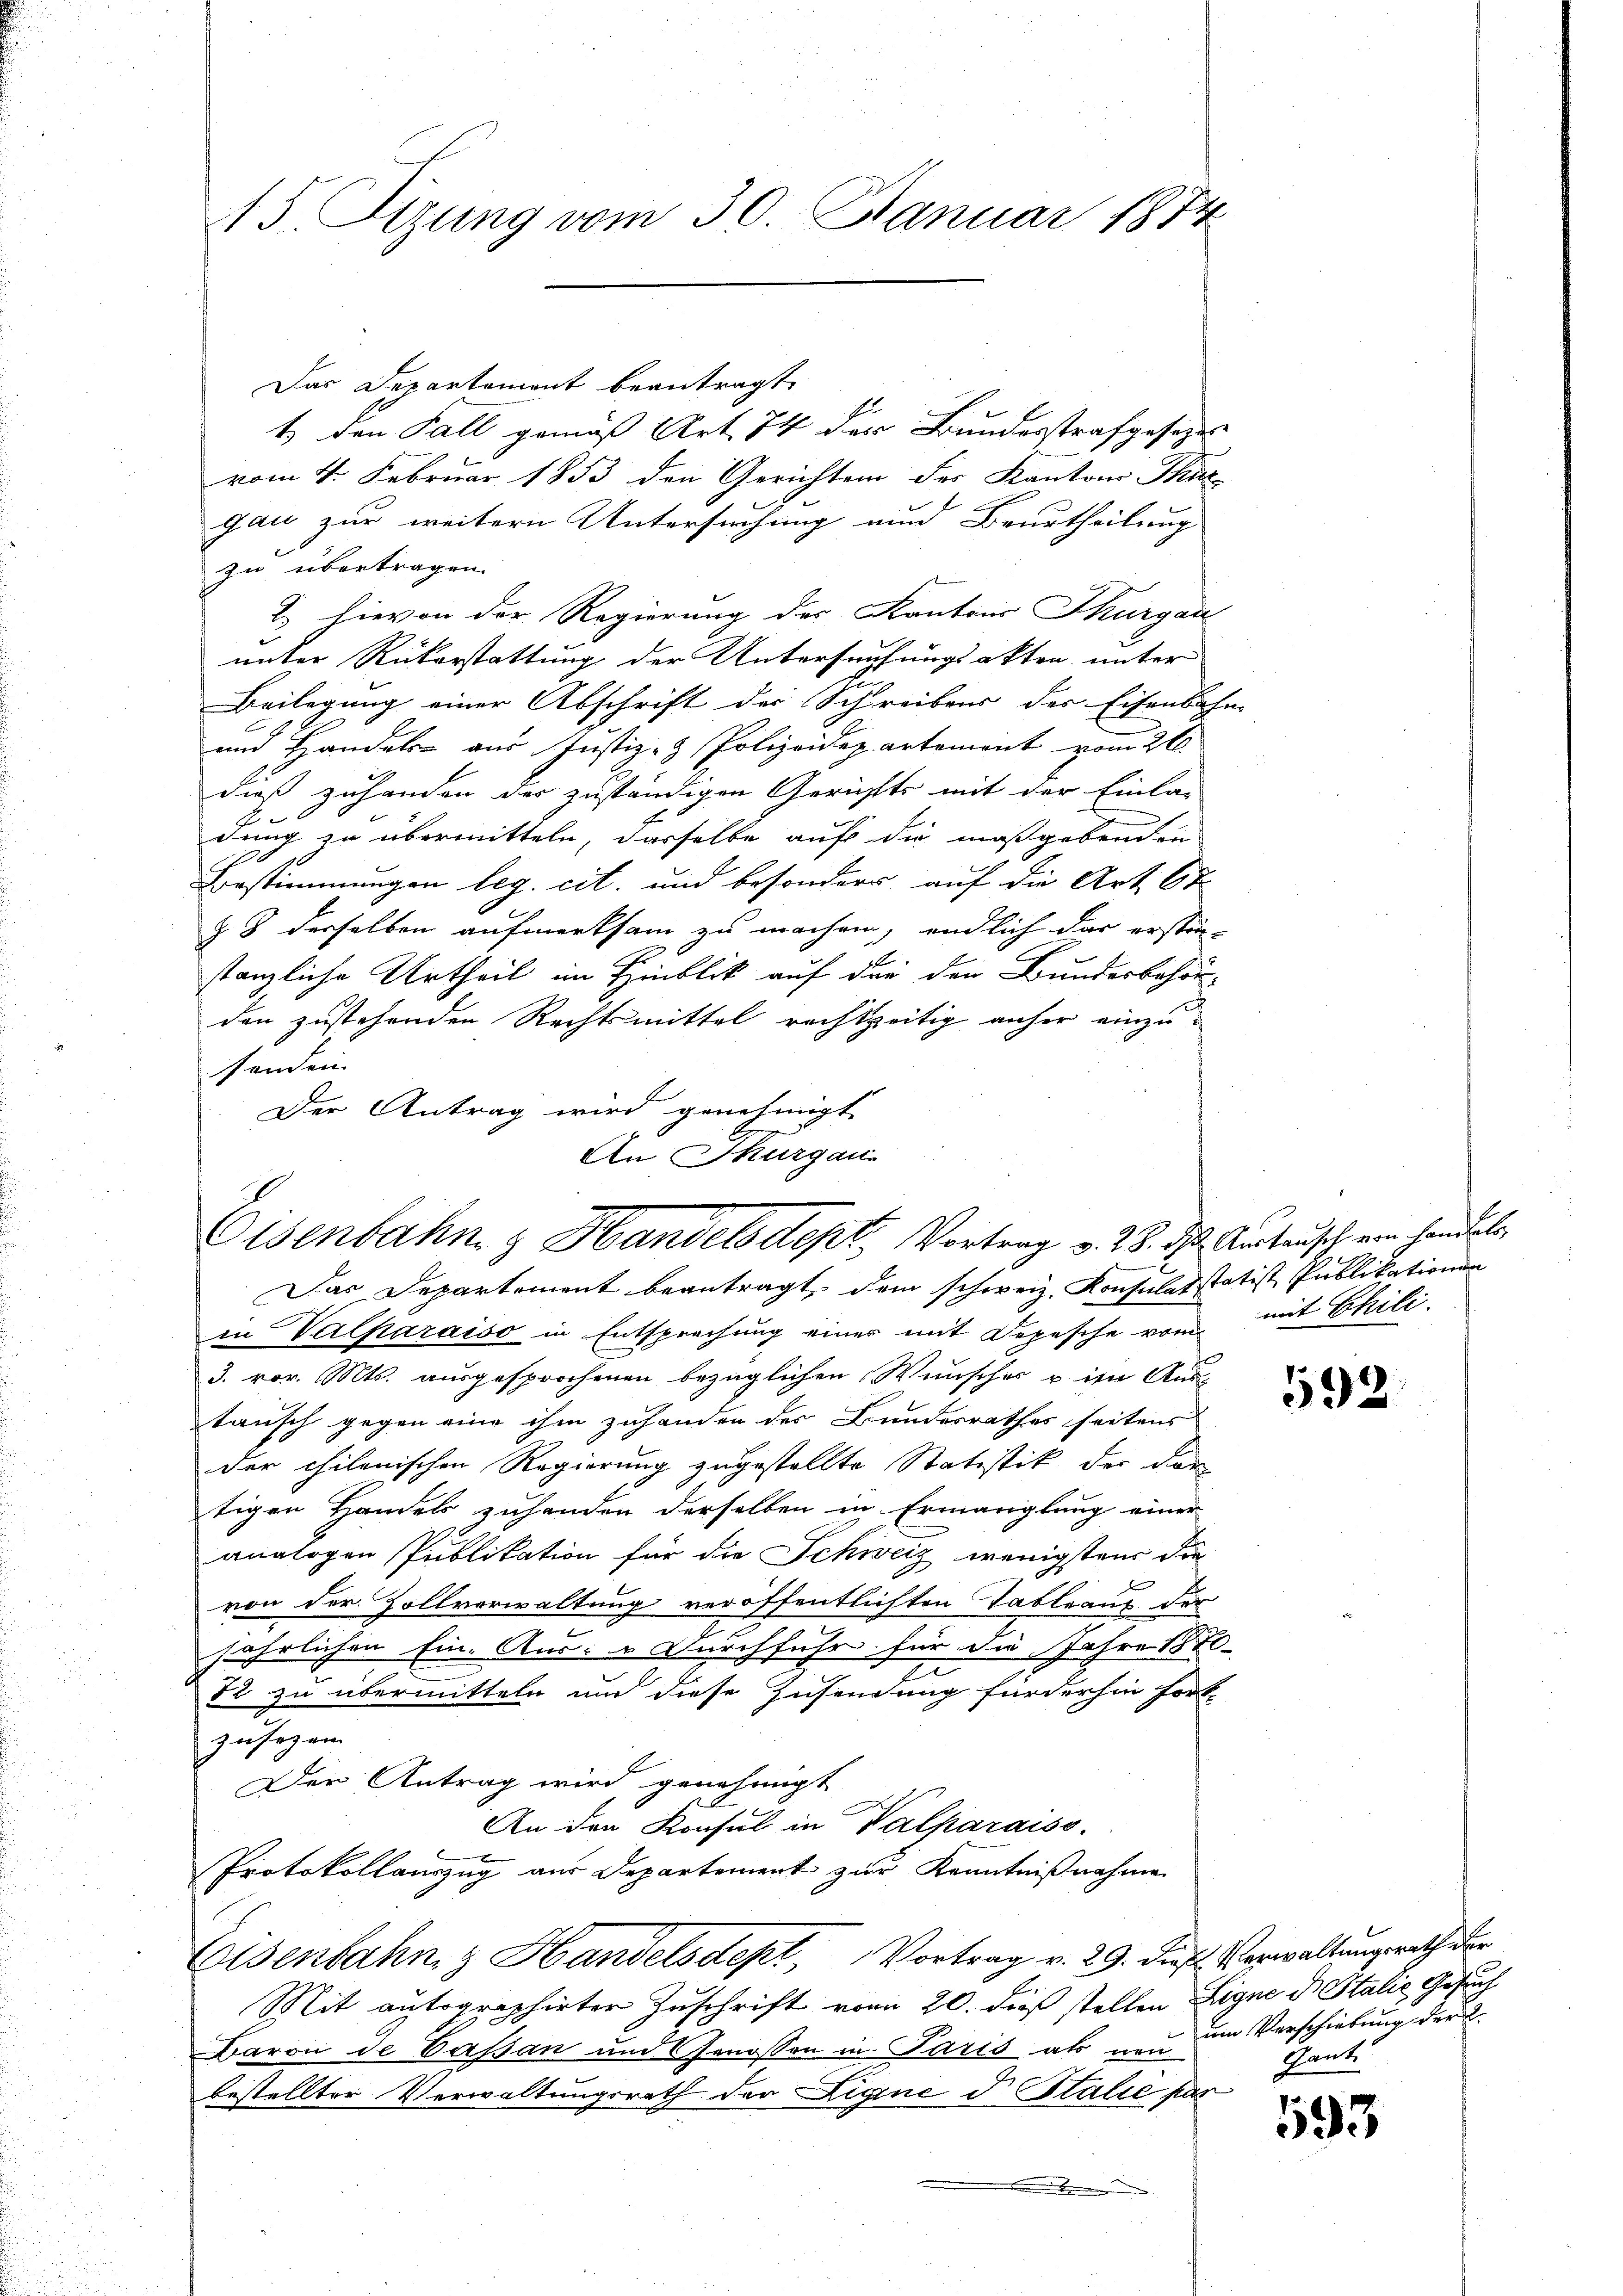
Das Departement beantragt.
t den Fall gemäß Art. 74 der Bundesstrafgesetzes
vom 4. Februar 1853 den Gerichten des Kantons Thur
gau zur weitern Untersuchung und Beurtheilung
zu übertragen.
2 hievon der Regierung des Kantons Thurgau
unter Rükerstattung der Untersuchungsakten unter
Beilegung einer Abschrift der Schreibens des Eisenbahn-
und Handel aus Justiz- & Polizeidepartement vom 26.
dieß zuhanden der zuständigen Gerichts mit der Einla-
E
dung zu übermitteln, dasselbe auf die maßgebenden
Bestimmungen leg. cit. und besonders auf die Art. 6 t
Z. 8 derselben aufmerksam zu machen, endlich das erstän-
stanzliche Urtheil im Hinblick auf die der Bundesbehör-
den zustehenden Rechtsmittel rechtzeitig anher einzusenden.
Der Antrag wird genehmigt.
An Thurgau.

Eisenbahn & Handelsdept, Vortrag v. 28. ds. Austausch von Handels

45. Sizung vom 30. Januar 1874

Das Departement beantragt, dem schweiz. Konsulasstatist Publikationen
in Valparaiso in Entsprechung einer mit Depesche vom mit Chili-
J. vor. Mts. ausgesprochenen bezüglichen Wunsches u ihr Aus-
tausch gegen eine ihm zuhanden der Bundesrathes seitens
der chilenischen Regierung zugestellte Statistik der den
tigen Handels zuhanden derselben in Ermanglung einer
analogen Publikation für die Schweiz wenigstens die
von der Zollverwaltung veröffentlichten Tableaus der
jährlichen Eine Aus: „Durchfuhr für die Jahre 1880
82 zu übermitteln um diese Zusendung für der hin fort-
zusehen
Der Antrag wird genehmigt
An den Konsul in Valparaiso
Protokollauszug aus Departement zur Kenntnißnahme.
Eisenbahn & Handelsdept, Vortrag v. 29. Diefl. Verwaltungsrath der
Mit autographirten Zuschrift vom 20. dieß stellen Ligne d. Stalie Gesuch
Baron de Caßan und Genossen in Paris als non
bestellter Verwaltungsrath der Ligine d. Stalie für
.

592

um Verschiebung der L.
Dant

593